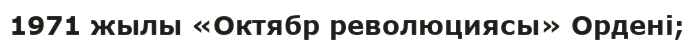
1971 жылы «Октябр революциясы» Ордені;